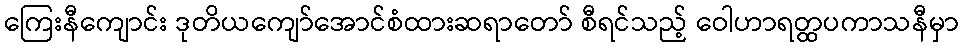
ကြေးနီကျောင်း ဒုတိယကျော်အောင်စံထားဆရာတော် စီရင်သည့် ဝေါဟာရတ္ထပကာသနီမှာ